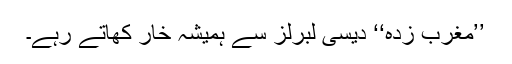
’’مغرب زدہ‘‘ دیسی لبرلز سے ہمیشہ خار کھاتے رہے۔